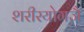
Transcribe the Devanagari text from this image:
शरीरयोगजै